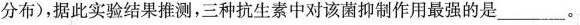
分布)，据此实验结果推测，三种抗生素中对该菌抑制作用最强的是___。